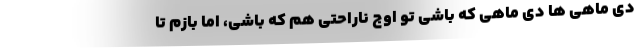
دی ماهی ها دی ماهی که باشی تو اوج ناراحتی هم که باشی، اما بازم تا